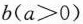
$$b(a>0)$$